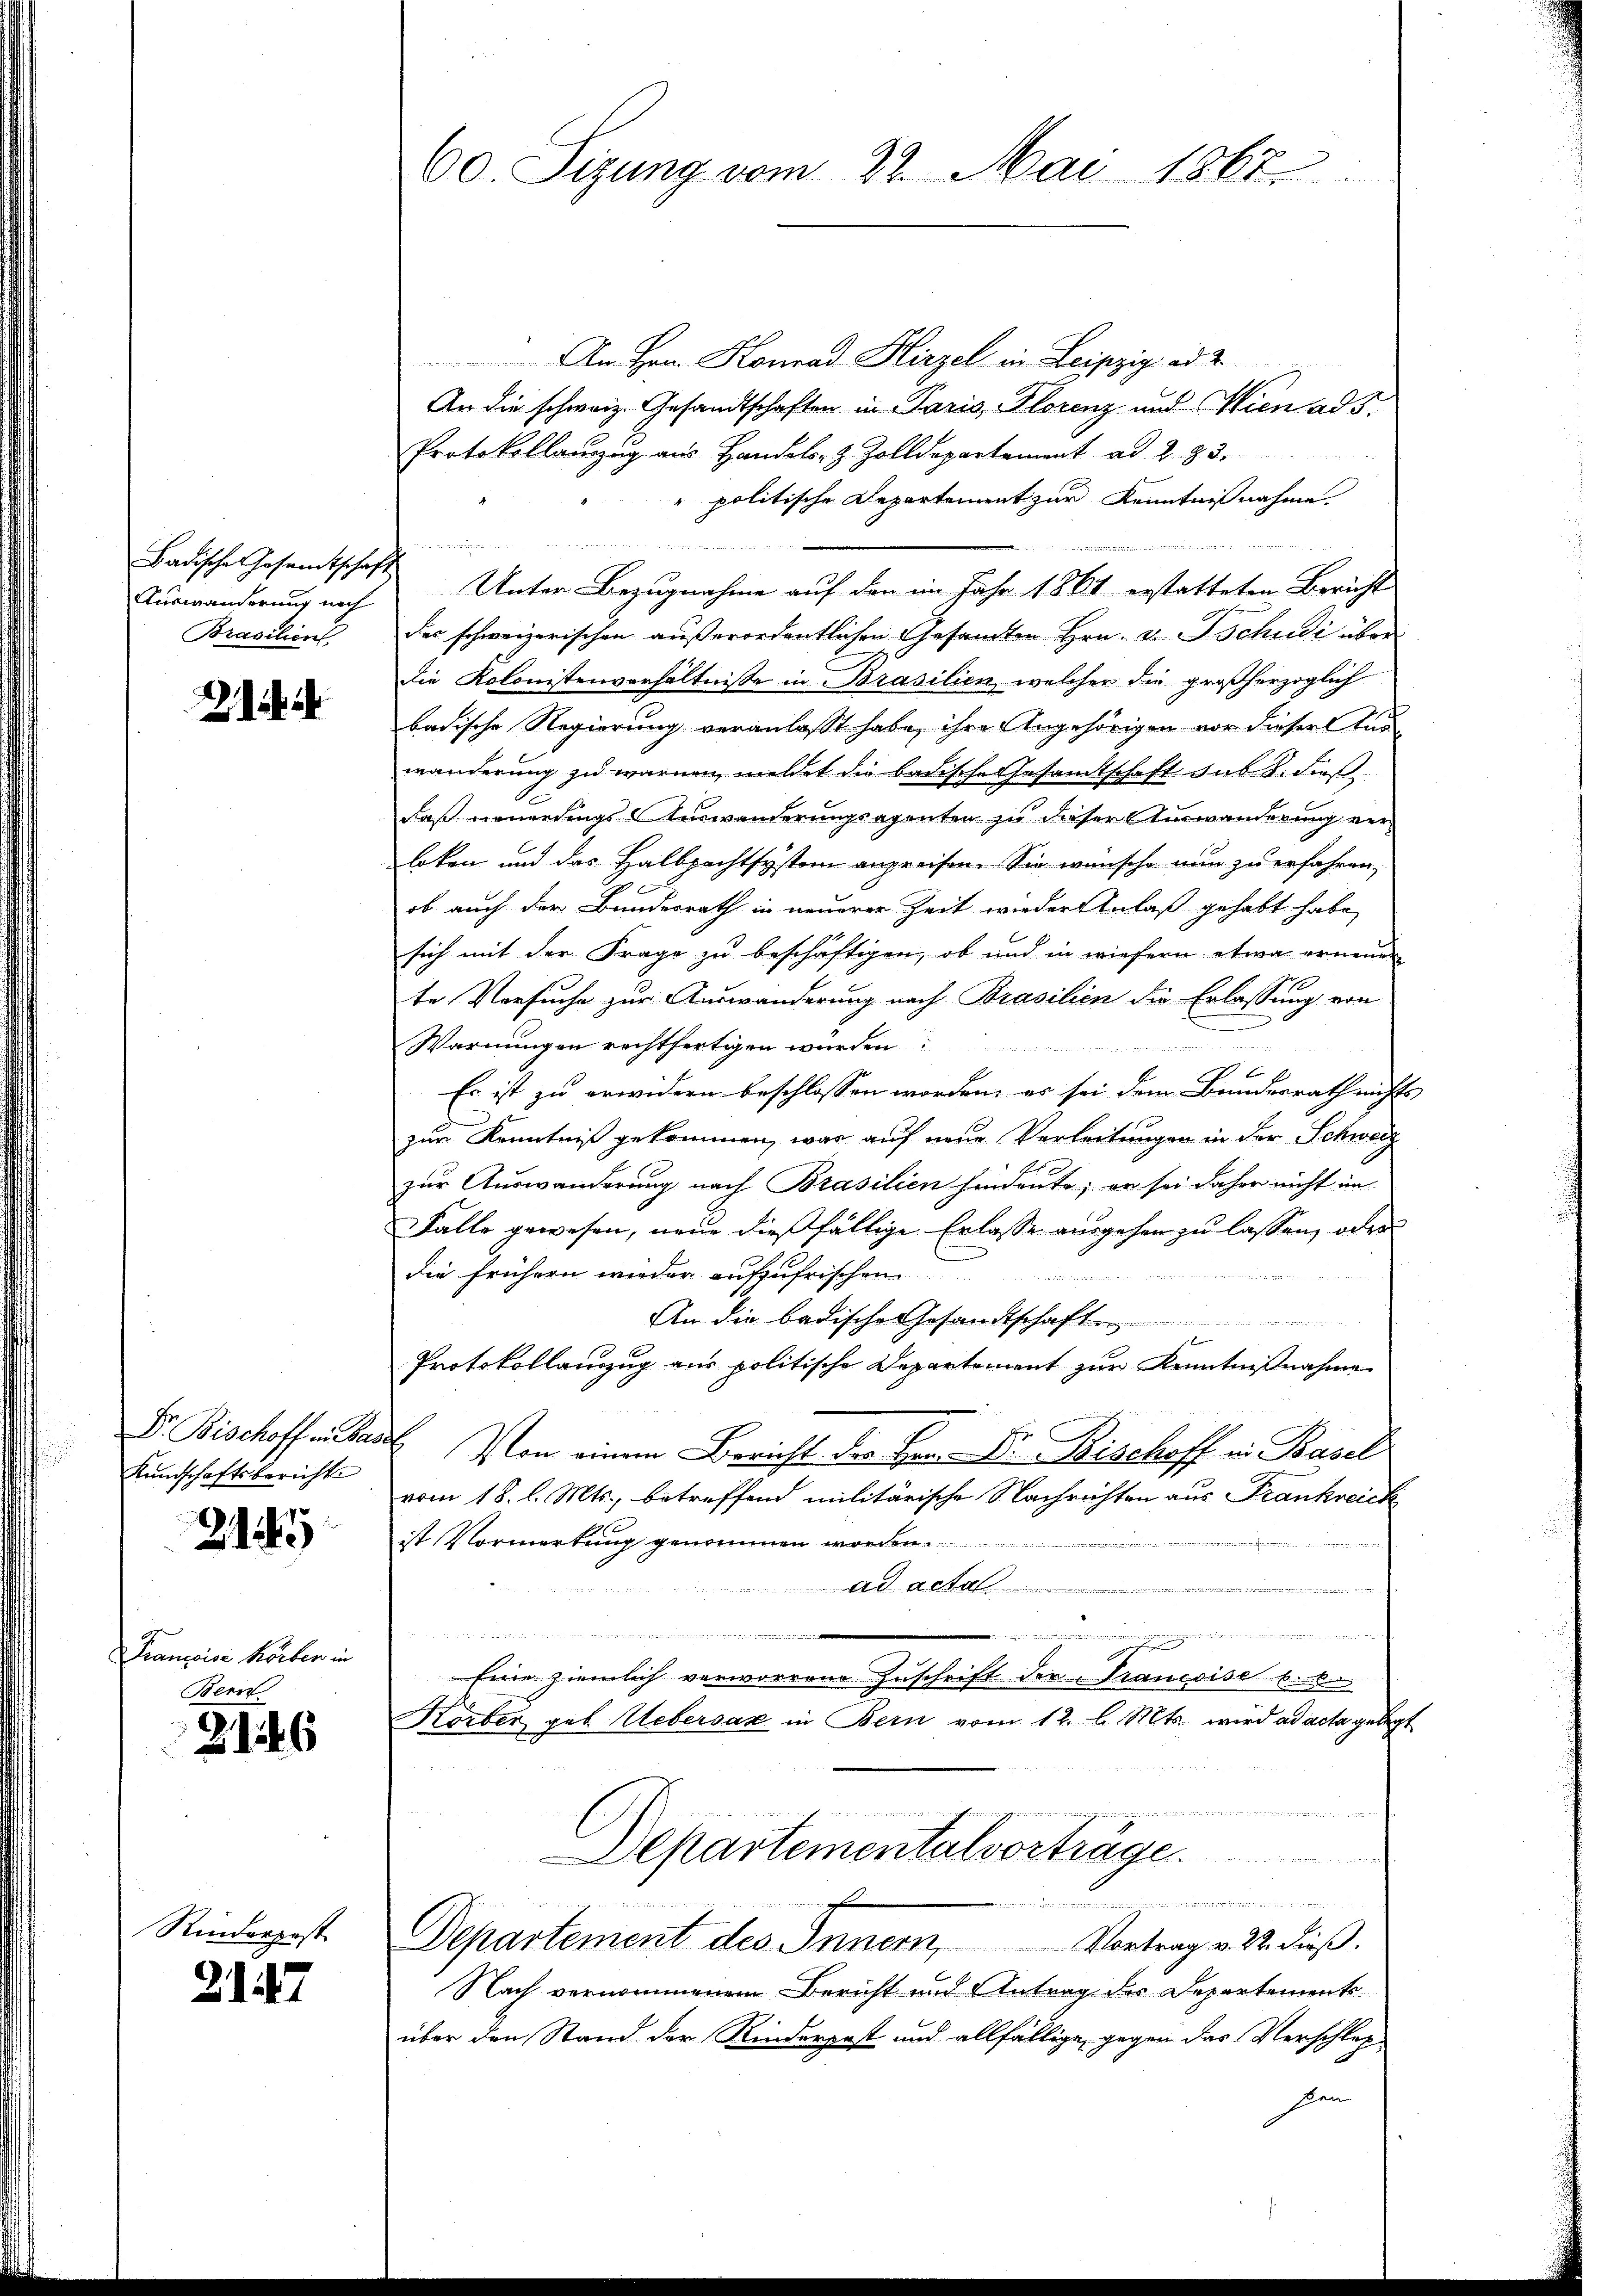
Auswanderung nach
Brasilien

e

Dr. Bischoff in Ba
Kundschaftsberichte

213

Franzoise Korben in
Bern

2146

Rinderpost

217

60. Sizung vom 22. Mai 1867.

Am Hrn. Konrad Hirzel in Leipzig ad 2.
An die schweiz. Gesandtschaften in Paris, Florenz und Wien ad 5.
8
Protokollanzug aus Handels- & Zolldepartement ad 2. 83.
" politische Departement zur Kenntnißnahme.
  ..  ..
Badische Gesamtschaft Unter Bezugnahme auf den im Jahr 1861 erstatteten Bericht
des schweizerischen außerordentlichen Gesandten Hrn. v. Tschudi über
Die Kolonistenverhältnisse in Brasilien, welcher die großherzoglich
badische Regierung veranlasst habe, ihre Angehörigen vor dieser Turwänderung zu warmen, meldet die badische Gesamtschaft des 8. Fuß
daß neuerdings Auswanderungsagenten zu dieser Auswanderung verloten und das Halbpachtsystem angreifen. Sie wünsche nun zu erfahren,
x
ob auch der Bundesrath in neuerer Zeit wieder Anlaß gehabt habe,
sich mit der Frage zu beschäftigen, ob und in wiefern etwa erneuen
te Versuche zur Auswanderung nach Brasilien die Erlassung von
.
Warnungen rechtfertigen würden
Es ist zu erwidern beschlossen worden, es sei dem Bundesrath nichts
u
zur Kenntniß gekommen, war auf neue Verleitungen in der Schweiz
zur Auswanderung nach Brasilien hindeute; er sei daher nicht im
Falle gewesen, neue dießfällige Erlasse ausgehen zu lassen, oder
die frühern wieder aufzufrischen
2
An die badisches Gesandtschaft
e
Protokollauszug aus politische Departement zur Kenntnißnahme
ds Von einem Bericht der Hrn. Dr. Bischoff in Basel
vom 18. l. Mts., betreffend militärische Nachrichten aus Frankreich
ist Vormerkung genommen worden.
e
Ad acta
 ten und sein
Eine ziemlich verworrene Zuschrift der Trancoise b
Körber geb. Uebersaz in Bern vom 12. l. Mts. wird ad acta gelegt
Departementalvorträge.
f
.

Departement des Innern, Vortrag v. 22. dieβ.
Nach vernommenem Bericht und Antrag des Departemente
über den Stand der Kinderpost und allfällige gegen das Verschlep-
sen